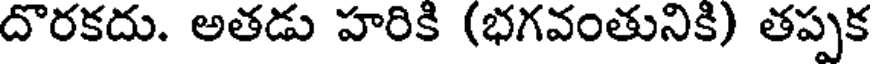
దొరకదు. అతడు హరికి (భగవంతునికి) తప్పక